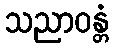
သညာဝန္တံ